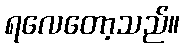
ရလေတော့သည်။